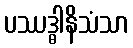
ပဿဒ္ဓါနိသံသာ